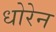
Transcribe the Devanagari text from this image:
धोरेन